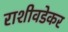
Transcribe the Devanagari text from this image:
राशीवडेकर